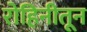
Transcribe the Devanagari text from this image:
रोहिनीतून